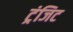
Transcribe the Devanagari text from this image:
ट्रंजिट